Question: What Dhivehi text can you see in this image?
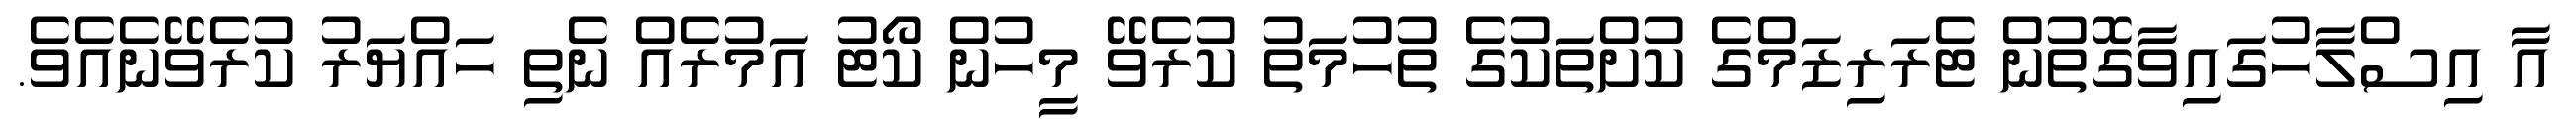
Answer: އާ އިސްލާހުގައިވާގޮތުން ޓެރަރިޒަމްގެ ކުށްތަކުގެ ތުހުމަތު ކުރެވޭ މީހުން ކޯޓު އަމުރެއް ނެތި ހައްޔަރު ކުރެވޭނެއެވެ.